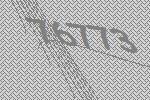
76773